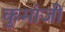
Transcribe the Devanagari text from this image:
कुमांजी